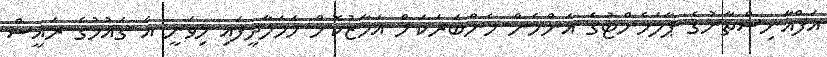
އަފްޣާނިސްތާނުގެ ޕާލަމެންޓުގެ އަންހެން މެންބަރަކަށް އަމާޒުކޮށް ހަމަލާދީފައި މިވަނީ އެ ގައުމުގެ ރައީސް